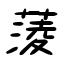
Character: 蔆